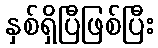
နှစ်ရှိပြီဖြစ်ပြီး